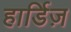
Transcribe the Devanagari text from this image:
हार्डिज़